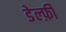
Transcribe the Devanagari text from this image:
डेल्फ़ी